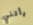
رأتني